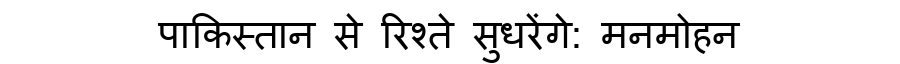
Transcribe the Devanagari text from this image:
पाकिस्तान से रिश्ते सुधरेंगे: मनमोहन